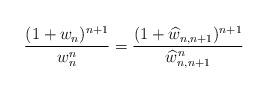
LaTeX: \begin{align*} \frac{(1+w_{n})^{n+1}}{w_{n}^{n}}=\frac{(1+\widehat{w}_{n,n+1})^{n+1}}{\widehat{w}_{n,n+1}^{n}}\end{align*}